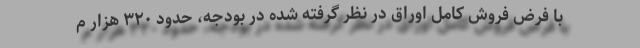
با فرض فروش کامل اوراق در نظر گرفته شده در بودجه، حدود ۳۲۰ هزار م